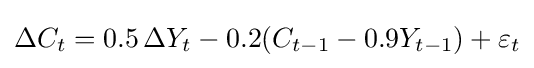
\Delta C_{t}=0.5\,\Delta Y_{t}-0.2(C_{t-1}-0.9Y_{t-1})+\varepsilon _{t}